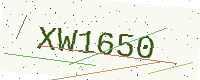
Text: XW1650